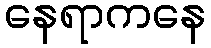
နေရာကနေ